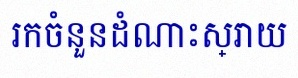
រកចំនួនដំណោះស្រាយ